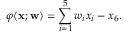
\varphi ( \mathbf { x } ; \mathbf { w } ) = \sum _ { i = 1 } ^ { 5 } w _ { i } x _ { i } - x _ { 6 } .